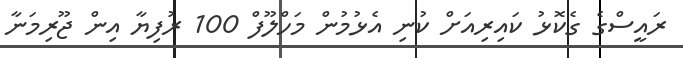
ރައީސްގެ ގެކޮޅު ކައިރިއަށް ކުނި އެޅުމުން މަހްލޫފް 100 ރުފިޔާ އިން ޖޫރިމަނާ